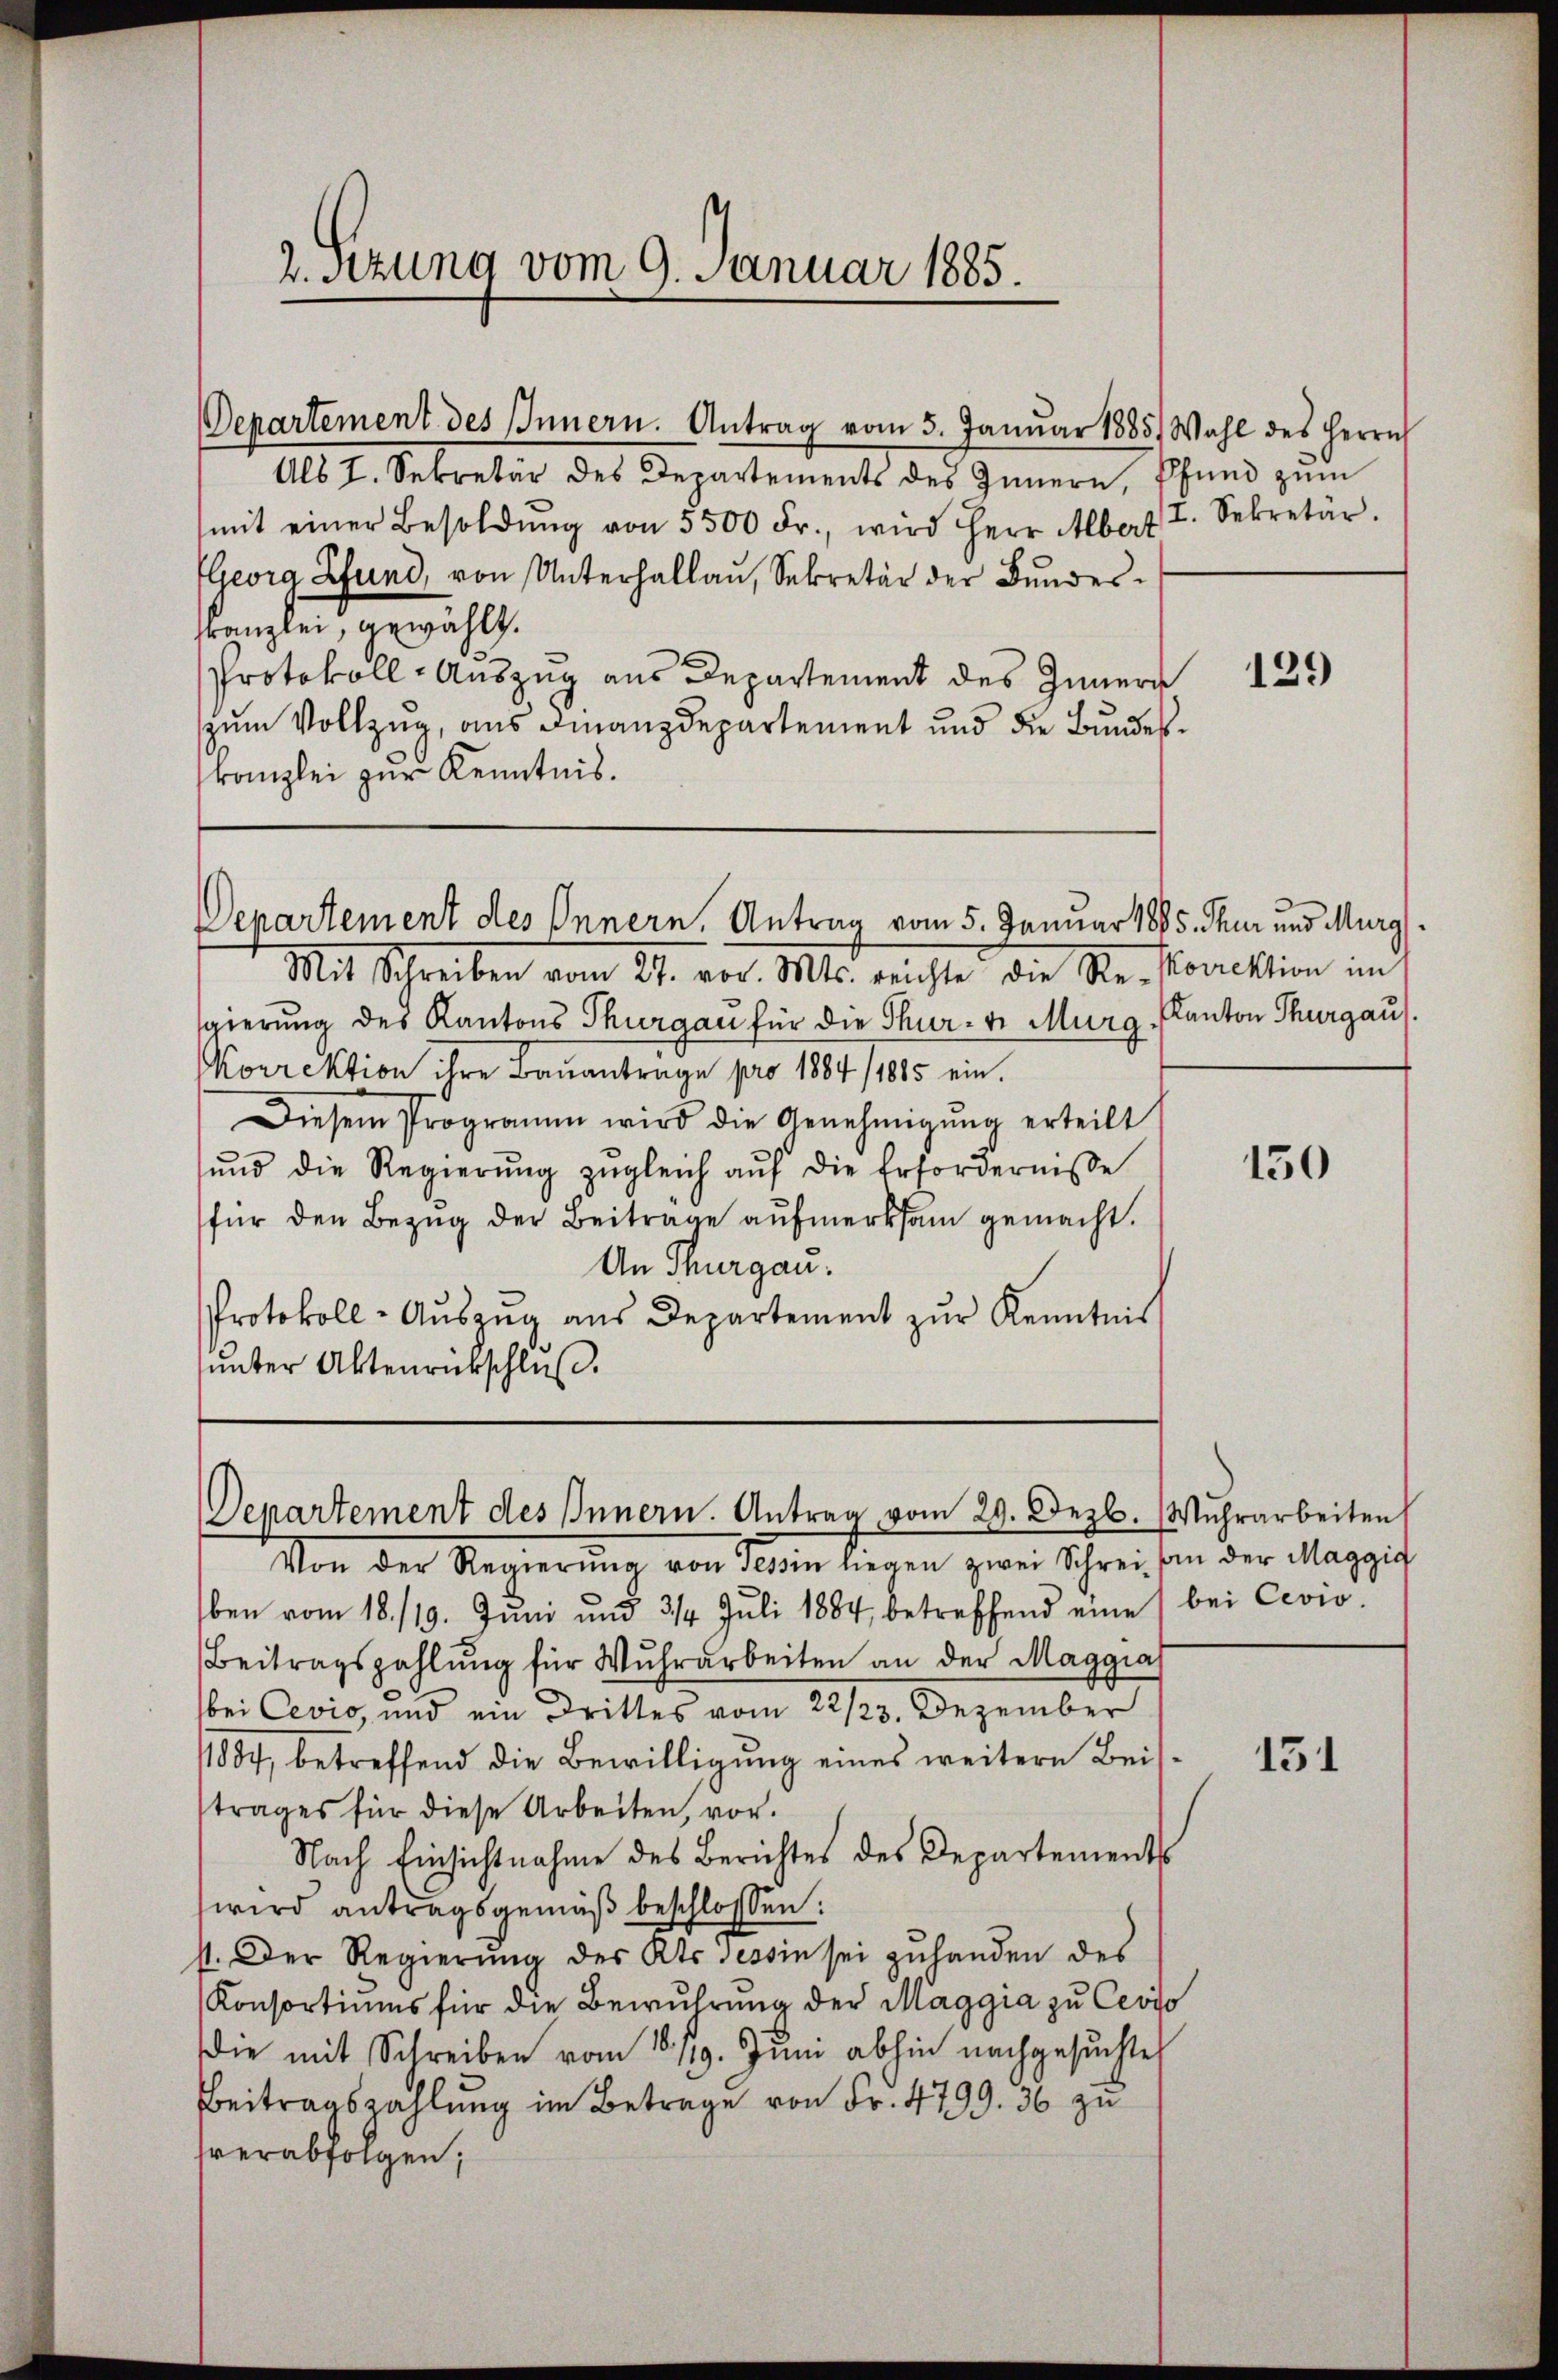
2. Sitzung vom 9. Januar 1885.

Als I. Sekretär des Departements des Innern, schend zŭm
mit einer Besoldŭng von 5500 Fr., wird Herr Aber I. Sekretär.
Elevig Pfund, von Unterhallau, Sekretär der Bundesranzlei, gewählt.
Protokoll- Auszug aus Departement des Innern
zum Vollzug, aus Finanzdepartement und die Bundeskanzlei zur Kenntnis.

Departement des Innern. Antrag vom 5. Janŭar 1885. Wahl des Herrn

Departement des Innern, Antrag vom 5. Januar 1885. Thur und Murg.

Mit Schreiben vom 21. vor. Mts. rechte die Re- Korrektion im
gierung des Kantons Thurgau für die Thur- u Murg, Kanton Thurgau.
Korrektion ihre Baŭantrage pro 1884 /1885 ein.
Diesem Programm wird die Genehmigŭng erteilt
ŭnd die Regierŭng zŭgleich aŭf die Erfordernisse
für den Bezug der Beitrage aufmerksam gemacht.
An Thurgau.
Protokoll-Auszug aus Departement zur Kenntnis
ŭnter Aktenrückschluß.

Departement des Innern. Antrag vom 29. Dezb. Wuhrarbeiten

129

Von der Regierung von Nein liegen zwei Schreiben der Maggif
ben vom 18./19. Jŭni und 3/4 Juli 1884 betreffend eine bei Cevio
Beitragszahlŭng für Wŭhrarbeiten an der Maggia
bei Cevio, und ein Drittes vom 22/23. Dezember
11884 betreffend die Bewilligŭng eines weitere Beis-
trages für diese Arbeiten, vor.
Nach Einsichtnahme des Berichtes des Departements
wird antragsgemäß beschlossen:
st. Der Regierŭng des Kts sessin sei zŭ handen des
Konsortiums für die Bewuhrung der Maggia zu Cevio
die mit Schreiben vom 18./19. Juni abhin nachgesuchte
Beitragszahlung im Betrage von Fr. 4799. 36 zu
sverabfolgen;

150

151